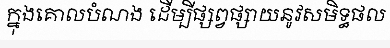
ក្នុងគោលបំណង ដើម្បីផ្សព្វផ្សាយនូវសមិទ្ធផល